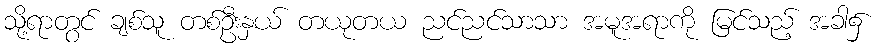
သို့ရာတွင် ချစ်သူ တစ်ဦးနှယ် တယုတယ ညင်ညင်သာသာ အမူအရာကို မြင်သည့် အခါ၌